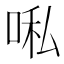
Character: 𭈀